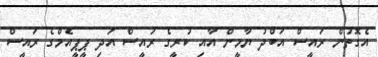
އެގޮތުން ރައީސް އަބްދު ޔާމީން އާއި ކުރީގެ ރައީސް އަދި ޕީޕީއެމްގެ ރައީސް